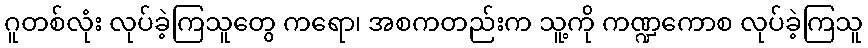
ဂူတစ်လုံး လုပ်ခဲ့ကြသူတွေ ကရော၊ အစကတည်းက သူ့ကို ကဏ္ဍကောစ လုပ်ခဲ့ကြသူ